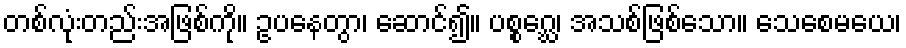
တစ်လုံးတည်းအဖြစ်ကို။ ဥပနေတွာ၊ ဆောင်၍။ ပစ္စဂ္ဃေ၊ အသစ်ဖြစ်သော။ သေစေမယေ၊